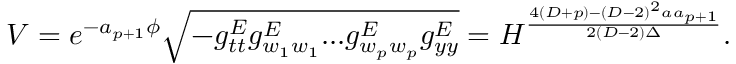
V = e ^ { - a _ { p + 1 } \phi } \sqrt { - g _ { t t } ^ { E } g _ { w _ { 1 } w _ { 1 } } ^ { E } . . . g _ { w _ { p } w _ { p } } ^ { E } g _ { y y } ^ { E } } = H ^ { \frac { 4 ( D + p ) - ( D - 2 ) ^ { 2 } a a _ { p + 1 } } { 2 ( D - 2 ) \Delta } } .